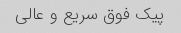
پیک فوق سریع و عالی